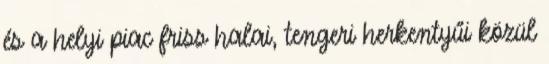
és a helyi piac friss halai, tengeri herkentyűi közül